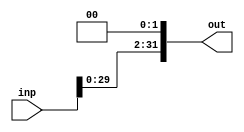
module ShL2_32bit (inp, out);
input [31:0] inp;
output [31:0] out;

	assign out = {inp[29:0], 2'b00};
	
endmodule